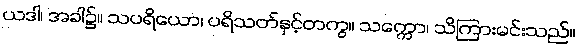
ယဒါ၊ အခါ၌။ သပရိယော၊ ပရိသတ်နှင့်တကွ။ သက္ကော၊ သိကြားမင်းသည်။